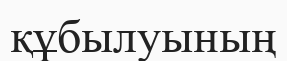
құбылуының